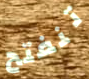
تنفتح